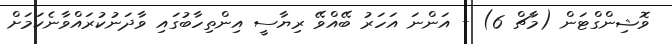
ވޮޝިންގްޓަން (މާޗް 6) - އަންނަ އަހަރު ބޭއްވޭ ރިޔާސީ އިންތިހާބުގައި ވާދަނުކުރައްވާނެކަމަށް